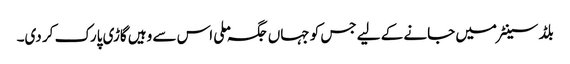
بلڈ سینٹر میں جانے کے لیے جس کو جہاں جگہ ملی اس سے وہیں گاڑی پارک کر دی۔